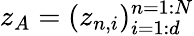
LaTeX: z_{A}=(z_{n,i})_{i=1:d}^{n=1:N}